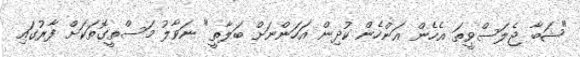
"ޝަބާ ޖެލަސްވީތަ އެހެން އަންހެން ކުދިން އަހަންނަށް ބަލާތީ" ނަވާލު މަސްތީގޮތަކަށް ފާރުގައި